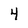
Character: 4